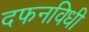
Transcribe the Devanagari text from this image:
दफनविधी